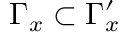
\Gamma _ { x } \subset \Gamma _ { x } ^ { \prime }